Report on sanitation, dispensaries, and jails in Rajputana for 1917, and on vaccination for the year 1917-1918 - 1917-1918
Year: 1917
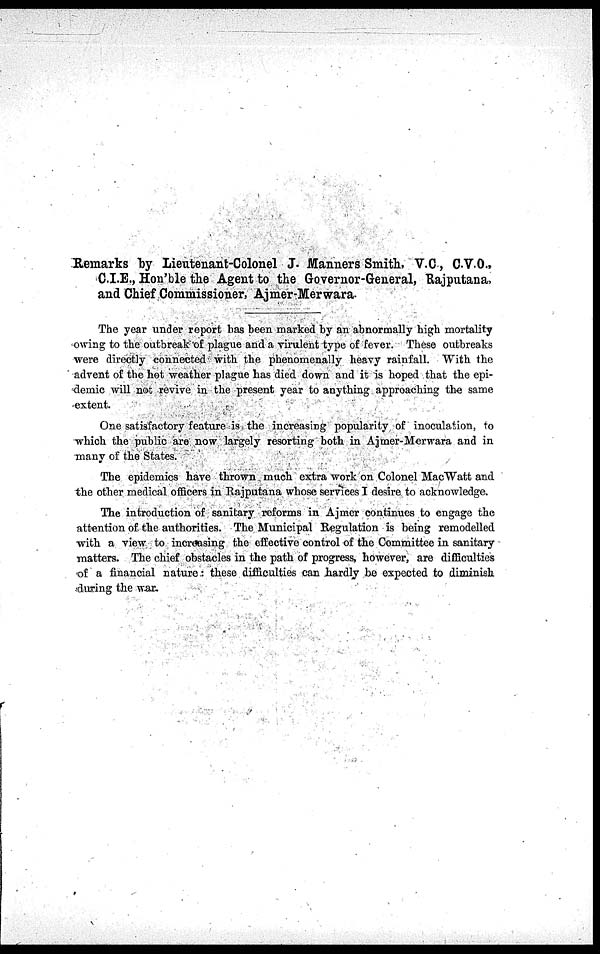
Remarks by Lieutenant-Colonel J. Manners Smith, V.C., C.V.O.,
C.I.E., Hon'ble the Agent to the Governor-General, Rajputana,
and Chief Commissioner, Ajmer-Merwara.
The year under report has been marked by an abnormally high mortality
owing to the outbreak of plague and a virulent type of fever. These outbreaks
were directly connected with the phenomenally heavy rainfall. With the
advent of the hot weather plague has died down and it is hoped that the epi-
demic will not revive in the present year to anything approaching the same
extent.
One satisfactory feature is the increasing popularity of inoculation, to
which the public are now largely resorting both in Ajmer-Merwara and in
many of the States.
The epidemics have thrown much extra work on Colonel MacWatt and
the other medical officers in Rajputana whose services I desire to acknowledge.
The introduction of sanitary reforms in Ajmer continues to engage the
attention of the authorities. The Municipal Regulation is being remodelled
with a view to increasing the effective control of the Committee in sanitary
matters. The chief obstacles in the path of progress, however, are difficulties
of a financial nature: these difficulties can hardly be expected to diminish
during the war.